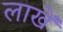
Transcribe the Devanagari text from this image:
लाखें